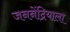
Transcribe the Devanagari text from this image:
जननेंद्रियाला